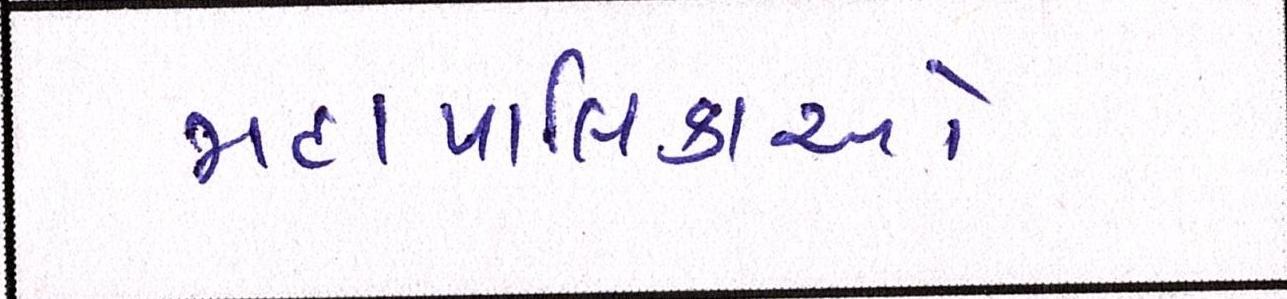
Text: મહાપાલિકાઓ